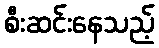
စီးဆင်းနေသည့်